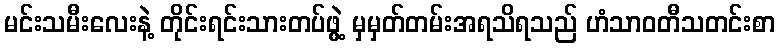
မင်းသမီးလေးနဲ့ တိုင်းရင်းသားတပ်ဖွဲ့ မှမှတ်တမ်းအရသိရသည် ဟံသာဝတီသတင်းစာ